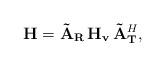
LaTeX: \begin{align*}{\bf H} = {\bf \tilde{A}_{R} \, H_{v}} \, {\bf\tilde{A}_{T}}^{H},\end{align*}